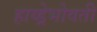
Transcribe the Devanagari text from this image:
हाय्ड्रेभोवती